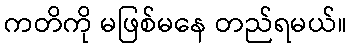
ကတိကို မဖြစ်မနေ တည်ရမယ်။